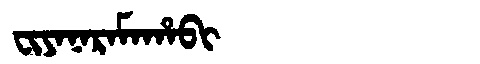
Manchu: ᠸᡳᠶᠠᠨᠠᡵᠠᠮᠠᡥᠠᠪᡳ
Romanization: FIYANARAMAHABI